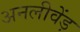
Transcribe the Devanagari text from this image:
अनलीवेंड़